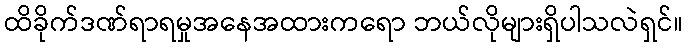
ထိခိုက်ဒဏ်ရာရမှုအနေအထားကရော ဘယ်လိုများရှိပါသလဲရှင်။